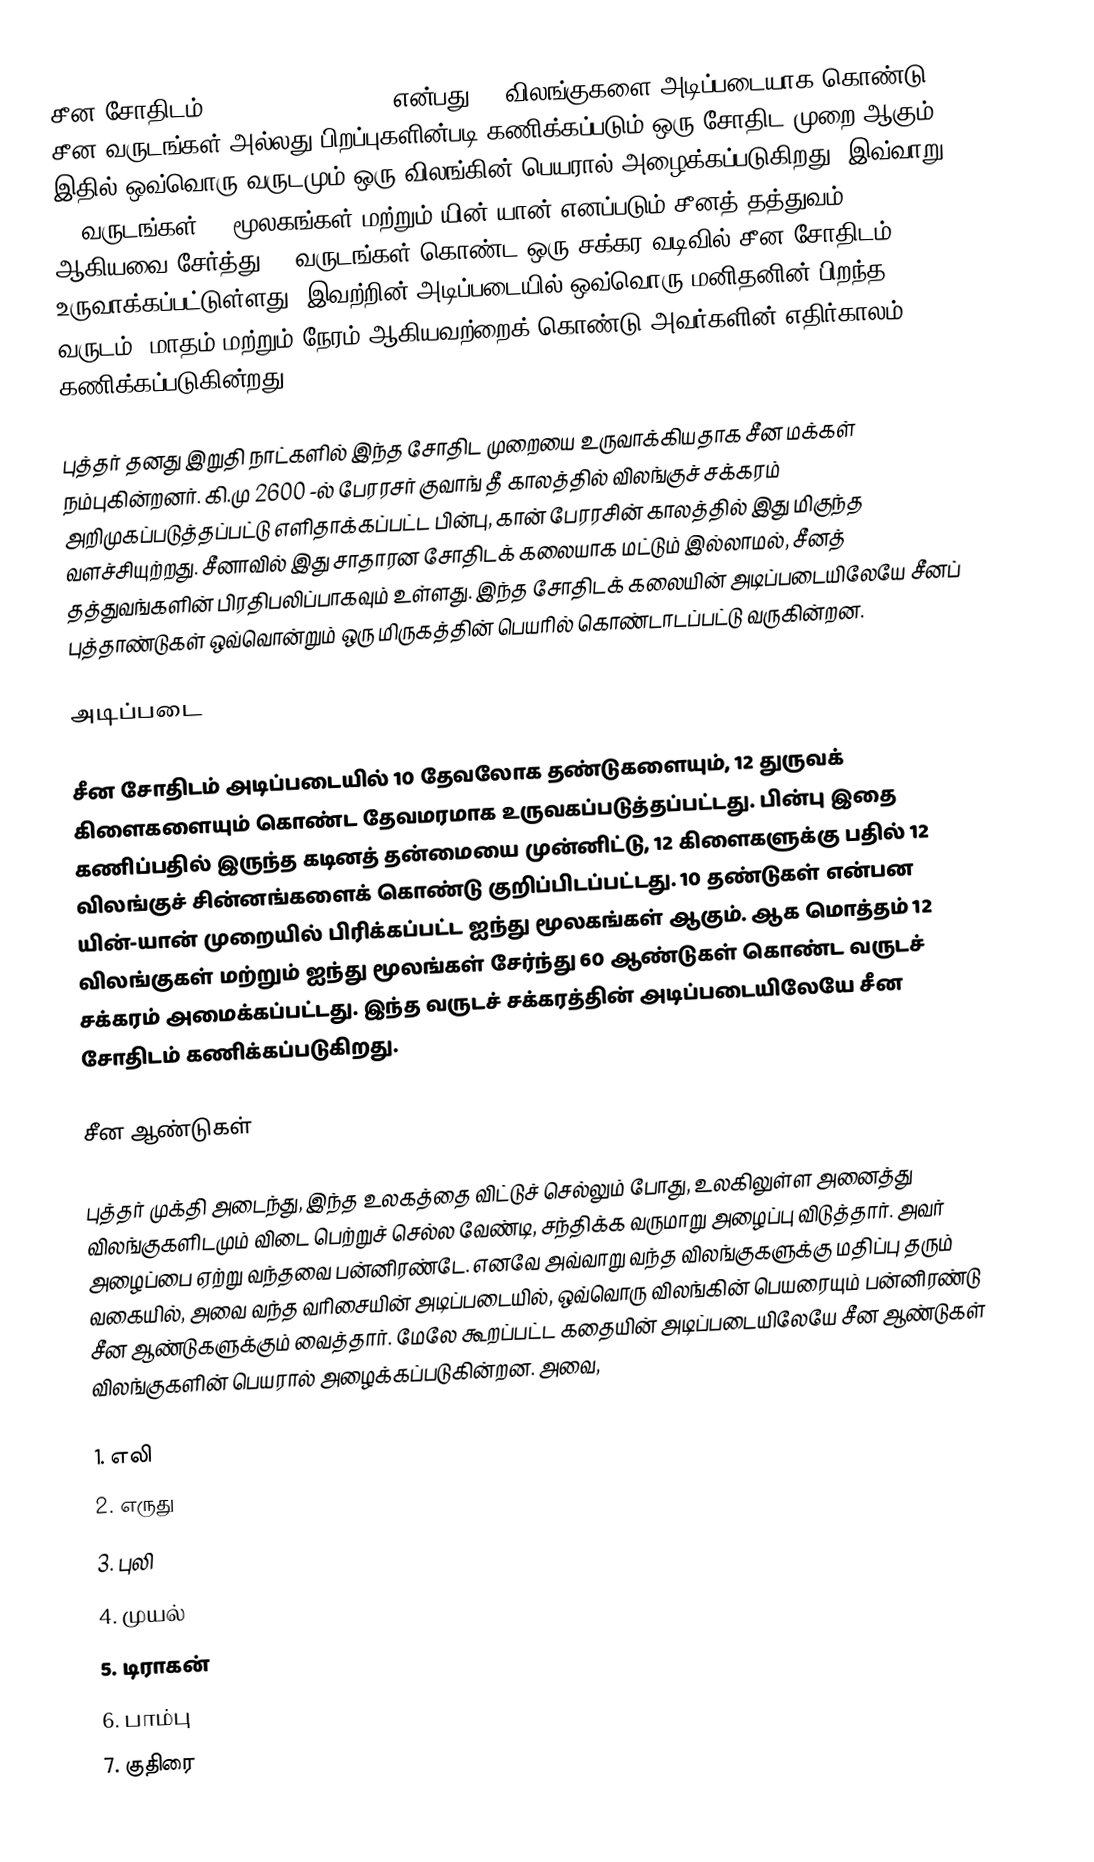
சீன சோதிடம் (Chinese Astrology) என்பது 12 விலங்குகளை அடிப்படையாக கொண்டு, சீன வருடங்கள் அல்லது பிறப்புகளின்படி கணிக்கப்படும் ஒரு சோதிட முறை ஆகும். இதில் ஒவ்வொரு வருடமும் ஒரு விலங்கின் பெயரால் அழைக்கப்படுகிறது. இவ்வாறு 12 வருடங்கள், 5 மூலகங்கள் மற்றும் யின்-யான் எனப்படும் சீனத் தத்துவம் ஆகியவை சேர்த்து 60 வருடங்கள் கொண்ட ஒரு சக்கர வடிவில் சீன சோதிடம் உருவாக்கப்பட்டுள்ளது. இவற்றின் அடிப்படையில் ஒவ்வொரு மனிதனின் பிறந்த வருடம், மாதம் மற்றும் நேரம் ஆகியவற்றைக் கொண்டு அவர்களின் எதிர்காலம் கணிக்கப்படுகின்றது.

புத்தர் தனது இறுதி நாட்களில் இந்த சோதிட முறையை உருவாக்கியதாக சீன மக்கள் நம்புகின்றனர். கி.மு 2600 -ல் பேரரசர் குவாங் தீ காலத்தில் விலங்குச் சக்கரம் அறிமுகப்படுத்தப்பட்டு எளிதாக்கப்பட்ட பின்பு, கான் பேரரசின் காலத்தில் இது மிகுந்த வளச்சியுற்றது. சீனாவில் இது சாதாரன சோதிடக் கலையாக மட்டும் இல்லாமல், சீனத் தத்துவங்களின் பிரதிபலிப்பாகவும் உள்ளது. இந்த சோதிடக் கலையின் அடிப்படையிலேயே சீனப் புத்தாண்டுகள் ஒவ்வொன்றும் ஒரு மிருகத்தின் பெயரில் கொண்டாடப்பட்டு வருகின்றன.

அடிப்படை

சீன சோதிடம் அடிப்படையில் 10 தேவலோக தண்டுகளையும், 12 துருவக் கிளைகளையும் கொண்ட தேவமரமாக உருவகப்படுத்தப்பட்டது. பின்பு இதை கணிப்பதில் இருந்த கடினத் தன்மையை முன்னிட்டு, 12 கிளைகளுக்கு பதில் 12 விலங்குச் சின்னங்களைக் கொண்டு குறிப்பிடப்பட்டது. 10 தண்டுகள் என்பன யின்-யான் முறையில் பிரிக்கப்பட்ட ஐந்து மூலகங்கள் ஆகும். ஆக மொத்தம் 12 விலங்குகள் மற்றும் ஐந்து மூலங்கள் சேர்ந்து 60 ஆண்டுகள் கொண்ட வருடச் சக்கரம் அமைக்கப்பட்டது. இந்த வருடச் சக்கரத்தின் அடிப்படையிலேயே சீன சோதிடம் கணிக்கப்படுகிறது.

சீன ஆண்டுகள்

புத்தர் முக்தி அடைந்து, இந்த உலகத்தை விட்டுச் செல்லும் போது, உலகிலுள்ள அனைத்து விலங்குகளிடமும் விடை பெற்றுச் செல்ல வேண்டி, சந்திக்க வருமாறு அழைப்பு விடுத்தார். அவர் அழைப்பை ஏற்று வந்தவை பன்னிரண்டே. எனவே அவ்வாறு வந்த விலங்குகளுக்கு மதிப்பு தரும் வகையில், அவை வந்த வரிசையின் அடிப்படையில், ஒவ்வொரு விலங்கின் பெயரையும் பன்னிரண்டு சீன ஆண்டுகளுக்கும் வைத்தார். மேலே கூறப்பட்ட கதையின் அடிப்படையிலேயே சீன ஆண்டுகள் விலங்குகளின் பெயரால் அழைக்கப்படுகின்றன. அவை,

1. எலி
2. எருது
3. புலி
4. முயல்
5. டிராகன்
6. பாம்பு
7. குதிரை